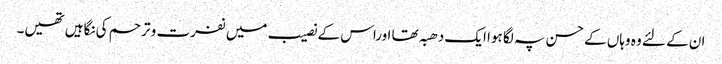
ان کے لئے وہ وہاں کے حسن پہ لگا ہوا ایک دھبہ تھا اوراس کے نصیب میں نفرت و ترحم کی نگاہیں تھیں۔